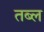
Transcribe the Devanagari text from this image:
तब्ल